Vaccination report Assam 1896-1927 - 1896-1927
Year: 1896
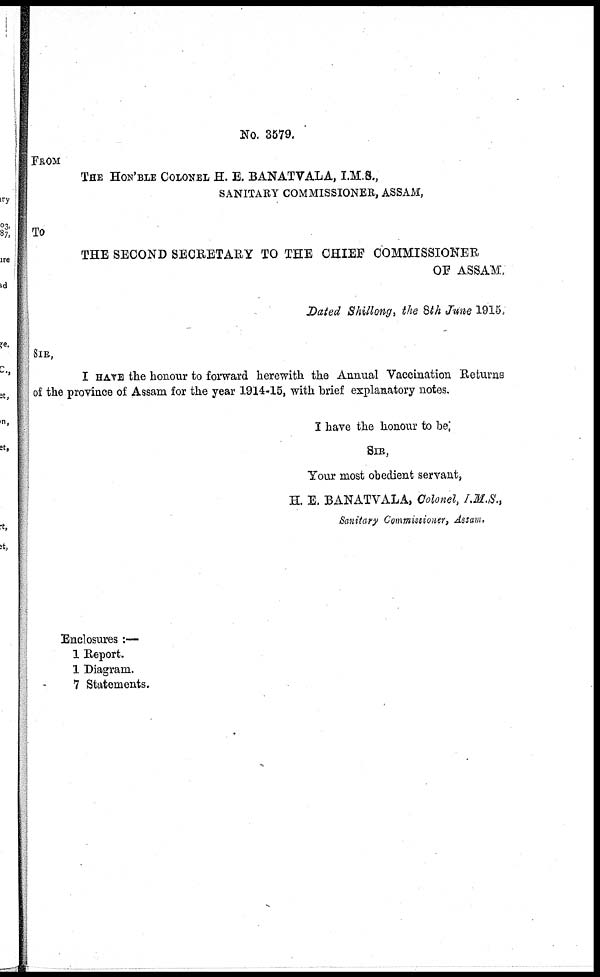
No. 3579.
FROM
THE HON' BLE COLONEL H. E. BANATVALA, I.M.S.,
SANITARY COMMISSIONER, ASSAM,
To
THE SECOND SECRETARY TO THE CHIEF COMMISSIONER
OF ASSAM.
Dated Shillong, the 8th June 1915.
SIR,
I HAVE the honour to forward herewith the Annual Vaccination Returns
of the province of Assam for the year 1914-15, with brief explanatory notes.
I have the honour to be,
SIR,
Your most obedient servant,
H. E. BANATVALA, Colonel, I.M.S.,
Sanitary Commissioner, Assam,
Enclosures :—
1 Report.
1 Diagram.
7 Statements.